Leprosy in India: report of the Leprosy Commission in India, 1890-91
Year: 1890
Disease focus: Leprosy
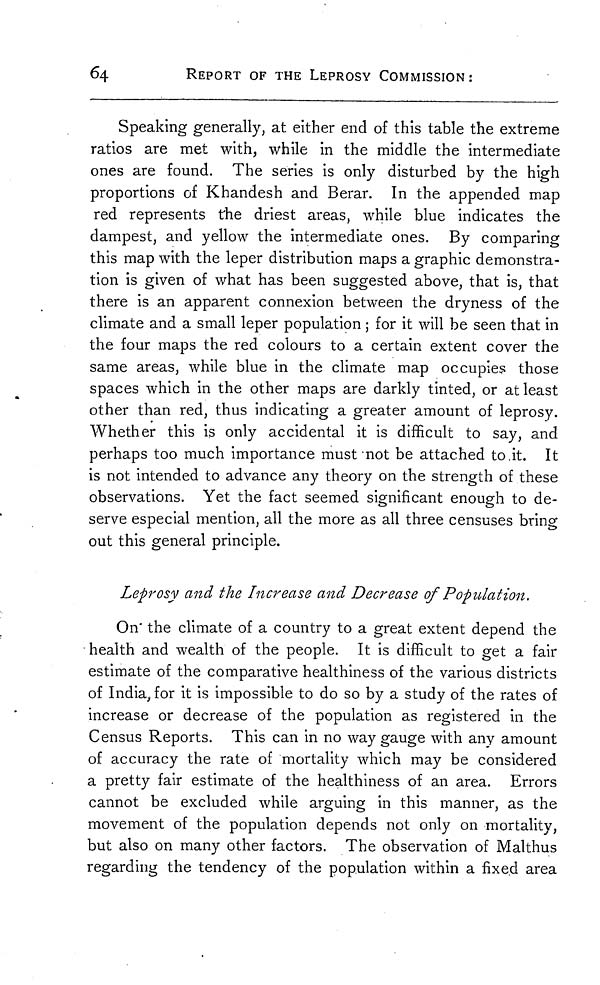
64
REPORT OF THE LEPROSY COMMISSION :
Speaking generally, at either end of this table the extreme
ratios are met with, while in the middle the intermediate
ones are found. The series is only disturbed by the high
proportions of Khandesh and Berar. In the appended map
red represents the driest areas, while blue indicates the
dampest, and yellow the intermediate ones. By comparing
this map with the leper distribution maps a graphic demonstra-
tion is given of what has been suggested above, that is, that
there is an apparent connexion between the dryness of the
climate and a small leper population ; for it will be seen that in
the four maps the red colours to a certain extent cover the
same areas, while blue in the climate map occupies those
spaces which in the other maps are darkly tinted, or at least
other than red, thus indicating a greater amount of leprosy.
Whether this is only accidental it is difficult to say, and
perhaps too much importance must not be attached to .it. It
is not intended to advance any theory on the strength of these
observations. Yet the fact seemed significant enough to de-
serve especial mention, all the more as all three censuses bring
out this general principle.
Leprosy and the Increase and Decrease of Population.
On' the climate of a country to a great extent depend the
health and wealth of the people. It is difficult to get a fair
estimate of the comparative healthiness of the various districts
of India, for it is impossible to do so by a study of the rates of
increase or decrease of the population as registered in the
Census Reports. This can in no way gauge with any amount
of accuracy the rate of mortality which may be considered
a pretty fair estimate of the healthiness of an area. Errors
cannot be excluded while arguing in this manner, as the
movement of the population depends not only on mortality,
but also on many other factors. The observation of Malthus
regarding the tendency of the population within a fixed area